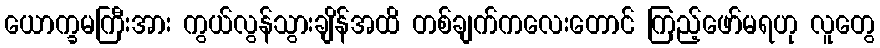
ယောက္ခမကြီးအား ကွယ်လွန်သွားချိန်အထိ တစ်ချက်ကလေးတောင် ကြည့်ဖော်မရဟု လူတွေ